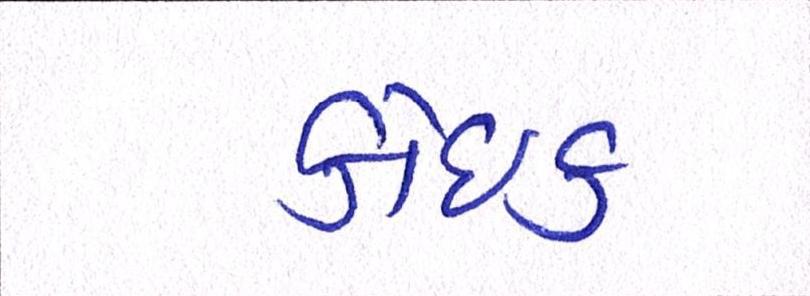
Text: કોઈક